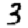
Digit: 3